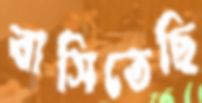
বাসিতেছি